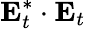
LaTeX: \mathbf{E}_{t}^{*}\cdot\mathbf{E}_{t}